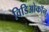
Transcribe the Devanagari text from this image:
विडिओकॉन